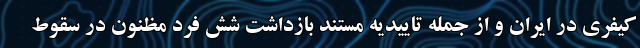
کیفری در ایران و از جمله تاییدیه مستند بازداشت شش فرد مظنون در سقوط